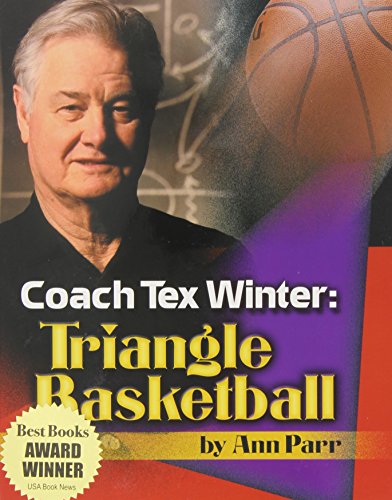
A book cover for Coach Tex Winter: Triangle Basketball; Ann Parr; Teen & Young Adult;